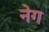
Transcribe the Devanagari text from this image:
नेग